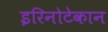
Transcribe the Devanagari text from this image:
इरिनोटेकान